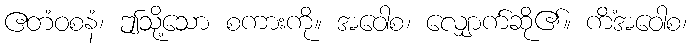
ဧတံဝစနံ၊ ဤသို့သော စကားကို။ အဝေါစ၊ လျှောက်ဆို၏။ ကိံအဝေါစ၊